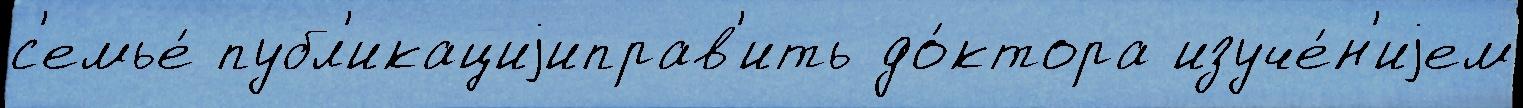
с'емье́ публ'икациjиправ'ить до́ктора изуче́н'иjем